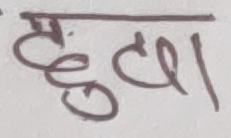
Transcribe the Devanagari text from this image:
छुट्टा